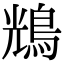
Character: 𪀯